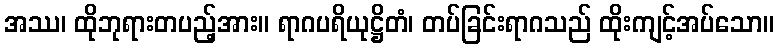
အဿ၊ ထိုဘုရားတပည့်အား။ ရာဂပရိယုဋ္ဌိတံ၊ တပ်ခြင်းရာဂသည် ထိုးကျင့်အပ်သော။